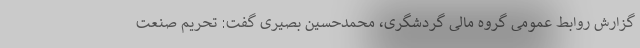
گزارش روابط عمومی گروه مالی گردشگری، محمدحسین بصیری گفت: تحریم صنعت